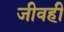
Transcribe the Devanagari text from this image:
जीवही